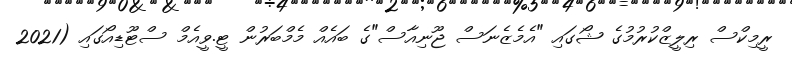
ރީމިކްސް ރިލީޒްކުރުމުގެ ޝޯގައި "އެމެޒެނަސް ޖޫނިއާސް"ގެ ބައެއް މެމްބަރުން ޓީ.ވީއެމް ސްޓޫޑިއޯގައި (2021